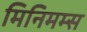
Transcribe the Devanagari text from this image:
मिनिमम्स